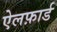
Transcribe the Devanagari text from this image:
ऐलफ़ार्ड